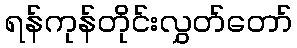
ရန်ကုန်တိုင်းလွှတ်တော်